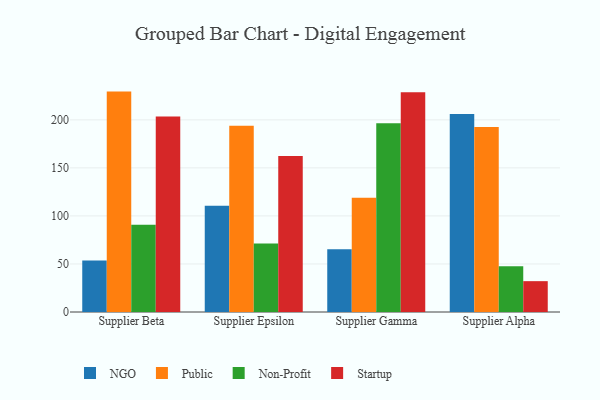
{"axis": {"x": "Supplier", "y": "Latency (ms)"}, "legend": ["NGO", "Non-Profit", "Public", "Startup"], "data": [{"x": "Supplier Beta", "y": 53.7, "type": "NGO"}, {"x": "Supplier Beta", "y": 229.4, "type": "Public"}, {"x": "Supplier Beta", "y": 90.9, "type": "Non-Profit"}, {"x": "Supplier Beta", "y": 203.4, "type": "Startup"}, {"x": "Supplier Epsilon", "y": 110.6, "type": "NGO"}, {"x": "Supplier Epsilon", "y": 193.9, "type": "Public"}, {"x": "Supplier Epsilon", "y": 71.3, "type": "Non-Profit"}, {"x": "Supplier Epsilon", "y": 162.3, "type": "Startup"}, {"x": "Supplier Gamma", "y": 65.2, "type": "NGO"}, {"x": "Supplier Gamma", "y": 118.8, "type": "Public"}, {"x": "Supplier Gamma", "y": 196.5, "type": "Non-Profit"}, {"x": "Supplier Gamma", "y": 228.8, "type": "Startup"}, {"x": "Supplier Alpha", "y": 206.0, "type": "NGO"}, {"x": "Supplier Alpha", "y": 192.5, "type": "Public"}, {"x": "Supplier Alpha", "y": 47.7, "type": "Non-Profit"}, {"x": "Supplier Alpha", "y": 32.1, "type": "Startup"}]}